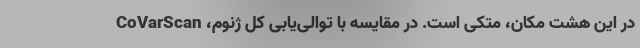
در این هشت مکان، متکی است. در مقایسه با توالی‌یابی کل ژنوم، CoVarScan